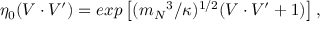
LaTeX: \eta _ { 0 } ( V \cdot V ^ { \prime } ) = e x p \left[ ( { m _ { N } } ^ { 3 } / \kappa ) ^ { 1 / 2 } ( V \cdot V ^ { \prime } + 1 ) \right] ,